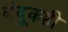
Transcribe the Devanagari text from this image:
बंदूकही